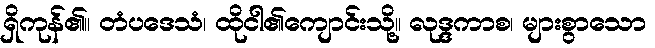
ရှိကုန်၏။ တံပဒေသံ၊ ထိုငါ၏ကျောင်းသို့။ လုဒ္ဒကာစ၊ များစွာသော